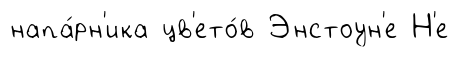
напа́рн'ика цв'ето́в Энстоун'е Н'е